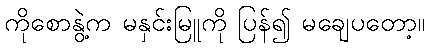
ကိုစောနွဲ့က မနှင်းမြူကို ပြန်၍ မချေပတော့။